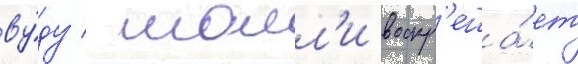
ву́ду / молл'и воскр'еша́ет